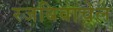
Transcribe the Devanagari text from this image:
रजबिवाचेल